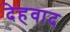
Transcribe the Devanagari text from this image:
देहवाद